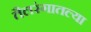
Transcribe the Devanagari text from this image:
तैलरंगातल्या